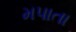
મપાતા